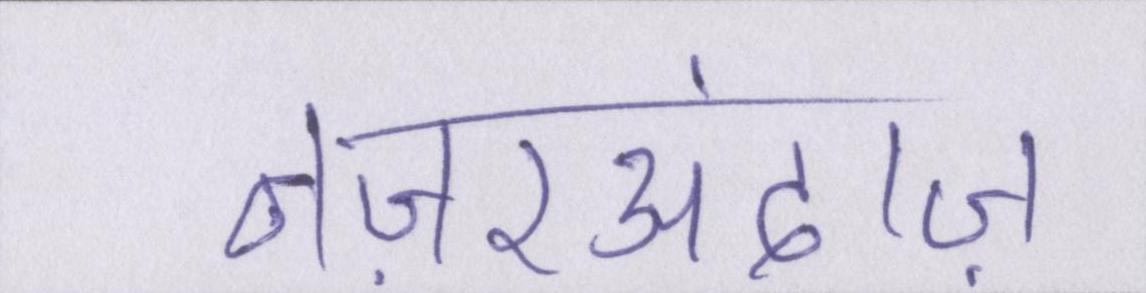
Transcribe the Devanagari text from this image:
नज़रअंदाज़